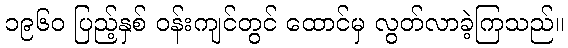
၁၉၆၀ ပြည့်နှစ် ဝန်းကျင်တွင် ထောင်မှ လွတ်လာခဲ့ကြသည်။